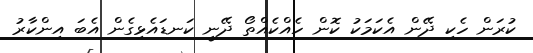
ކުރަން ހެކި ދޭން އެކަމަކު ކޮން ހެއްކެއްތޯ ދޭނީ ކަނޑައެޅިގެން އެބަ އިންކާރު